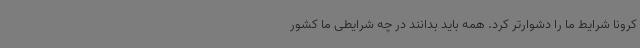
کرونا شرایط ما را دشوارتر کرد. همه باید بدانند در چه شرایطی ما کشور